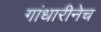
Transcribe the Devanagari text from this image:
गांधारीनेच